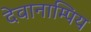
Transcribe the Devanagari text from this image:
देवानाम्पिय